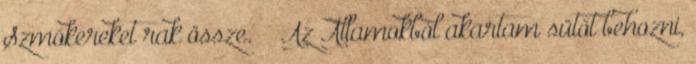
Szmókereket rak össze. – “Az Államokból akartam sütőt behozni,